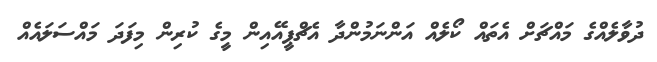
ދުވާލެއްގެ މައްޗަށް އެތައް ކޯލެއް އަންނަމުންދާ އެޗްޕީއޭއިން މީގެ ކުރިން މިފަދަ މައްސަލައެއް